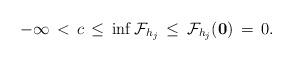
LaTeX: \begin{align*}-\infty \,<\,c\,\leq\,\inf\mathcal F_{h_j}\,\leq\, \mathcal F_{h_j}(\mathbf 0)\,=\, 0.\end{align*}